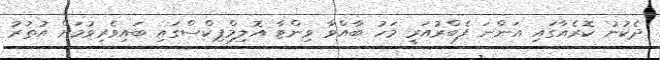
ދެކުނު ކޮރެއާގައި އަންނަ ފެބްރުއަރީ މަހު ބާއްވާ ވިންޓާ އޮލިމްޕިކްސްގައި ބައިވެރިވުމަށް އުތުރު